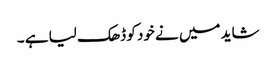
شاید میں نے خود کو ڈھک لیا ہے ۔